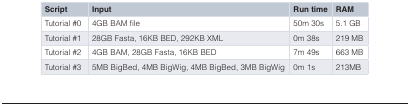
| Script | Input | Run time | RAM |
 | --- | --- | --- | --- |
 | Tutorial #0 | 4GB BAM file | 50m 30s | 5.1 GB |
 | Tutorial #1 | 28GB Fasta, 16KB BED, 292KB XML | 0m 38s | 219 MB |
 | Tutorial #2 | 4GB BAM, 28GB Fasta, 16KB BED | 7m 49s | 663 MB |
 | Tutorial #3 | 5MB BigBed, 4MB BigWig, 4MB BigBed, 3MB BigWig | 0m 1s | 213MB |